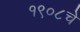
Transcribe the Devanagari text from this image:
१९०८चे